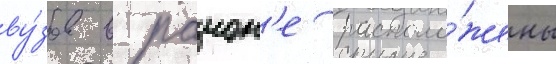
ву́зов в раион'е располо́жены